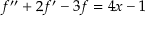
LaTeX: f ^ { \prime \prime } + 2 f ^ { \prime } - 3 f = 4 x - 1